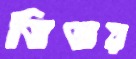
ভিজয়